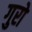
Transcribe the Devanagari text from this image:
गुरो